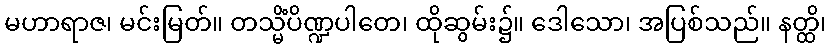
မဟာရာဇ၊ မင်းမြတ်။ တသ္မိံပိဏ္ဍပါတေ၊ ထိုဆွမ်း၌။ ဒေါသော၊ အပြစ်သည်။ နတ္ထိ၊